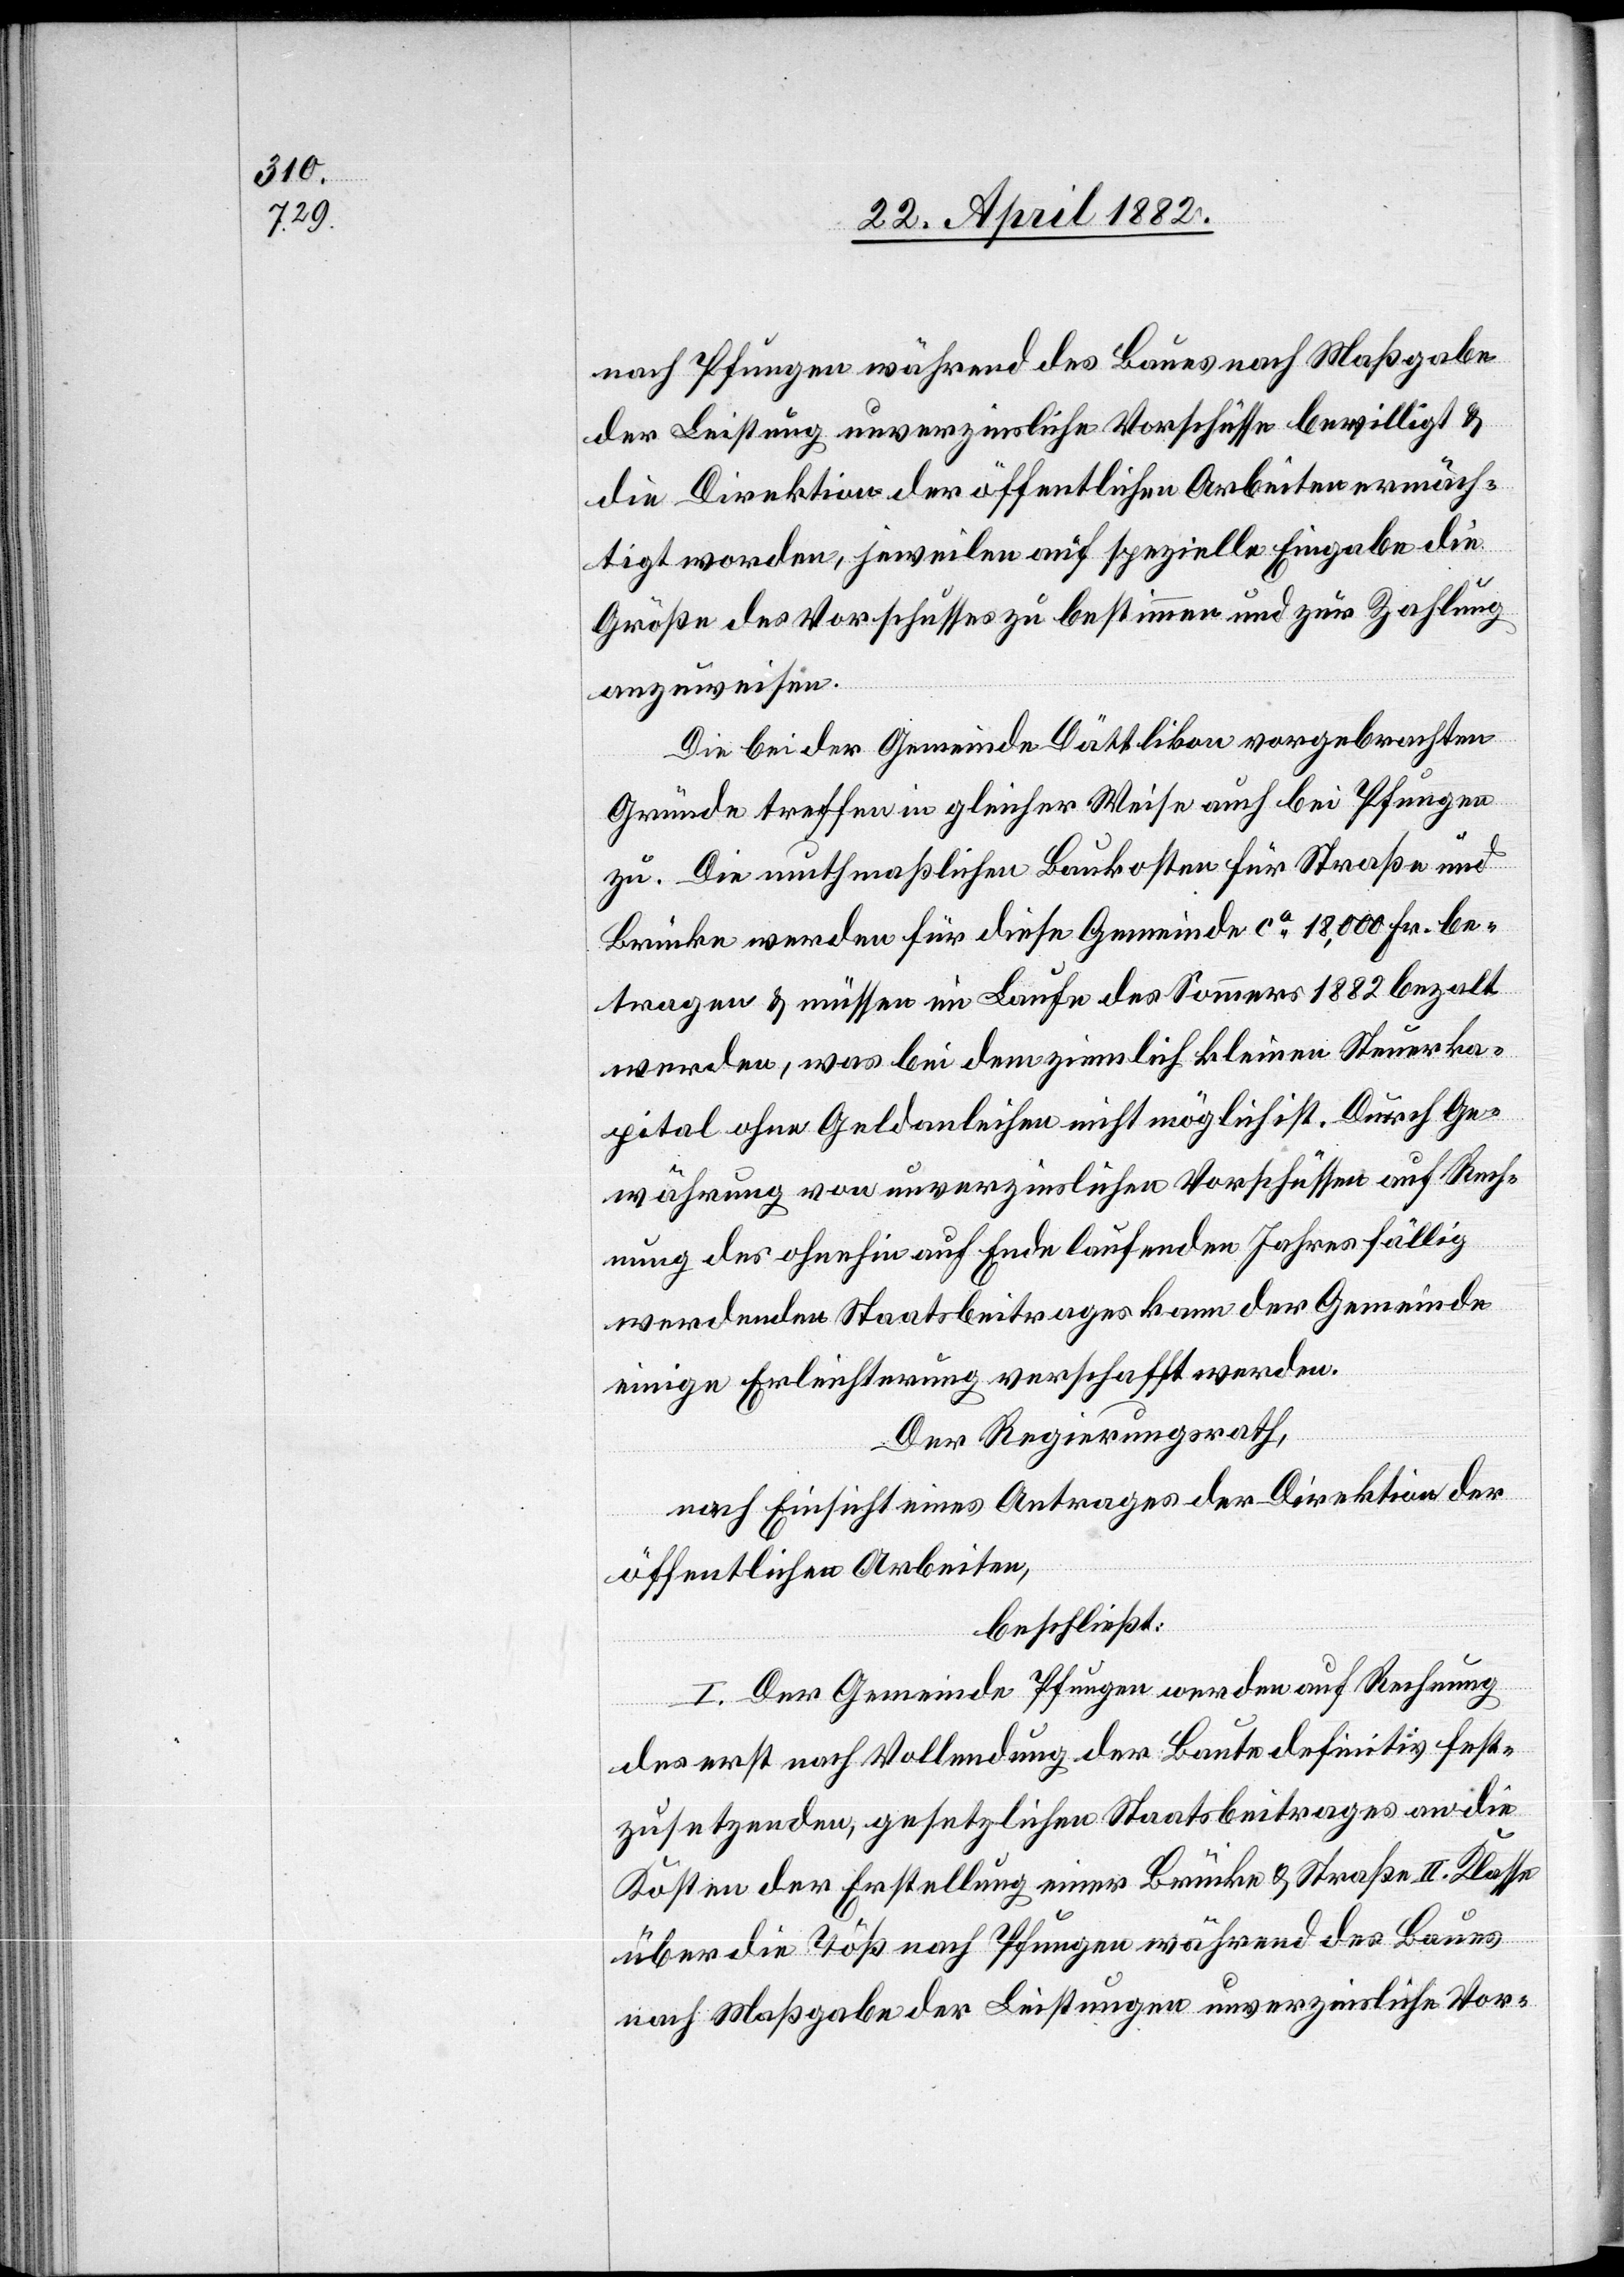
nach Pfungen während des Baues nach Maßgabe
der Leistung unverzinsliche Vorschüsse bewilligt &
die Direktion der öffentlichen Arbeiten ermäch¬
tigt worden, jeweilen auf spezielle Eingabe die
Größe des Vorschusses zu bestimmen und zur Zahlung
anzuweisen.
Die bei der Gemeinde Dättlikon vorgebrachten
Gründe treffen in gleicher Weise auch bei Pfungen
zu. Die muthmaßlichen Baukosten für Straße und
Brücke werden für diese Gemeinde ca 18,000 Fr. be¬
tragen & müssen im Laufe des Sommers 1882 bezahlt
werden, was bei dem ziemlich kleinen Steuerka¬
pital ohne Geldanleihen nicht möglich ist. Durch Ge¬
währung von unverzinslichen Vorschüssen auf Rech¬
nung des ohnehin auf Ende laufenden Jahres fällig
werdenden Staatsbeitrages kann der Gemeinde
einige Erleichterung verschafft werden.
Der Regierungsrath,
nach Einsicht eines Antrages der Direktion der
öffentlichen Arbeiten,
beschließt:
I. Der Gemeinde Pfungen werden auf Rechnung
des erst nach Vollendung der Baute definitiv fest¬
zusetzenden, gesetzlichen Staatsbeitrages an die
Kosten der Erstellung einer Brücke & Straße II. Klasse
über die Töß nach Pfungen [recte: Dättlikon]
nach Maßgabe der Leistungen unverzinsliche Vor-